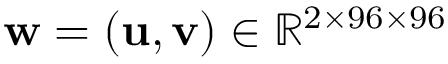
\mathbf { w } = ( \mathbf { u } , \mathbf { v } ) \in \mathbb { R } ^ { 2 \times 9 6 \times 9 6 }